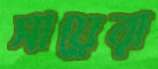
সায়েরা